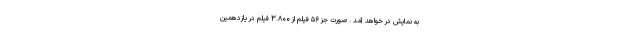
به نمایش در خواهد آمد . صورت جز ۵۶ فیلم از ۳.۸۰۰ فیلم در یازدهمین